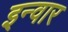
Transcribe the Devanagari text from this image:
इन्वार